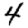
Digit: 4